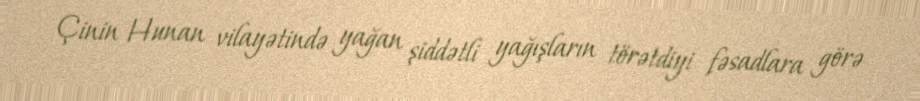
Çinin Hunan vilayətində yağan şiddətli yağışların törətdiyi fəsadlara görə